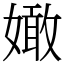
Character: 㜟